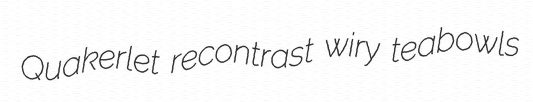
Quakerlet recontrast wiry teabowls